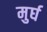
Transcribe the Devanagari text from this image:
मुर्घ